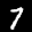
Label: 7